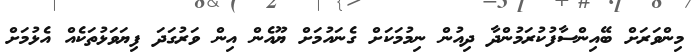
މިންވަރަށް ބޭއިންސާފުކުރަމުންދާ ދިއުން ނިމުމަކަށް ގެނައުމަށް ޔޫއެން އިން ވަރުގަދަ ފިޔަވަޅުތަކެއް އެޅުމަށް